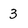
Character: 3